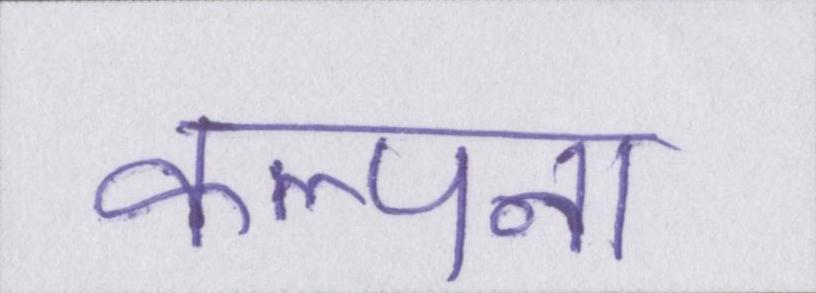
कल्पना